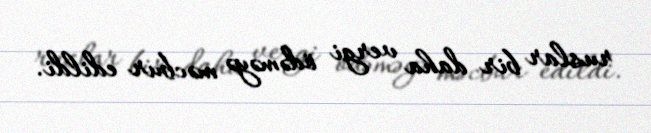
ruslar bir daha vergi ödəməyə məcbur edildi.